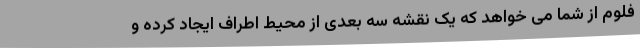
فلوم از شما می خواهد که یک نقشه سه بعدی از محیط اطراف ایجاد کرده و